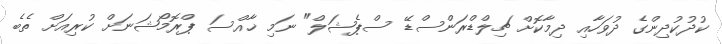
ކުދުކުދިންގެ ދުވަހާއި ދިމާކޮށް ޗިލްޑްރަންސްޑޭ ސްޕެޝަލް" ނަމި ޚާއްސަ ޕްރޮމޯޝަނަށް ކުރިއަށް ތެެބެ